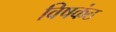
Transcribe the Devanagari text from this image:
विषकंठ